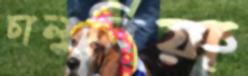
চালুনিয়া